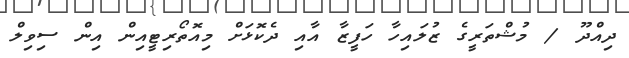
ދިއްދޫ / މުޝްތަރީގެ ޒުލައިހާ ހަފީޒާ އާއި ދެކޮޅަށް މިއޮތޯރިޓީއިން އިން ސިވިލް